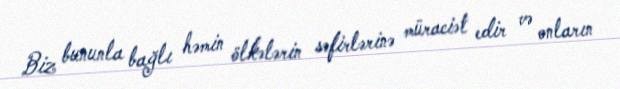
Biz bununla bağlı həmin ölkələrin səfirlərinə müraciət edir və onların